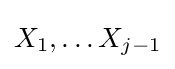
X_{1},\ldots X_{j-1}